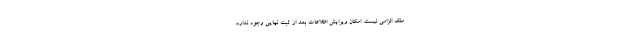
ملک الزامی نیست. امکان ویرایش اطلاعات بعد از ثبت نهایی وجود ندارد.